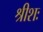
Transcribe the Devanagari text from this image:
श्रीशः